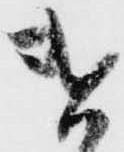
遣